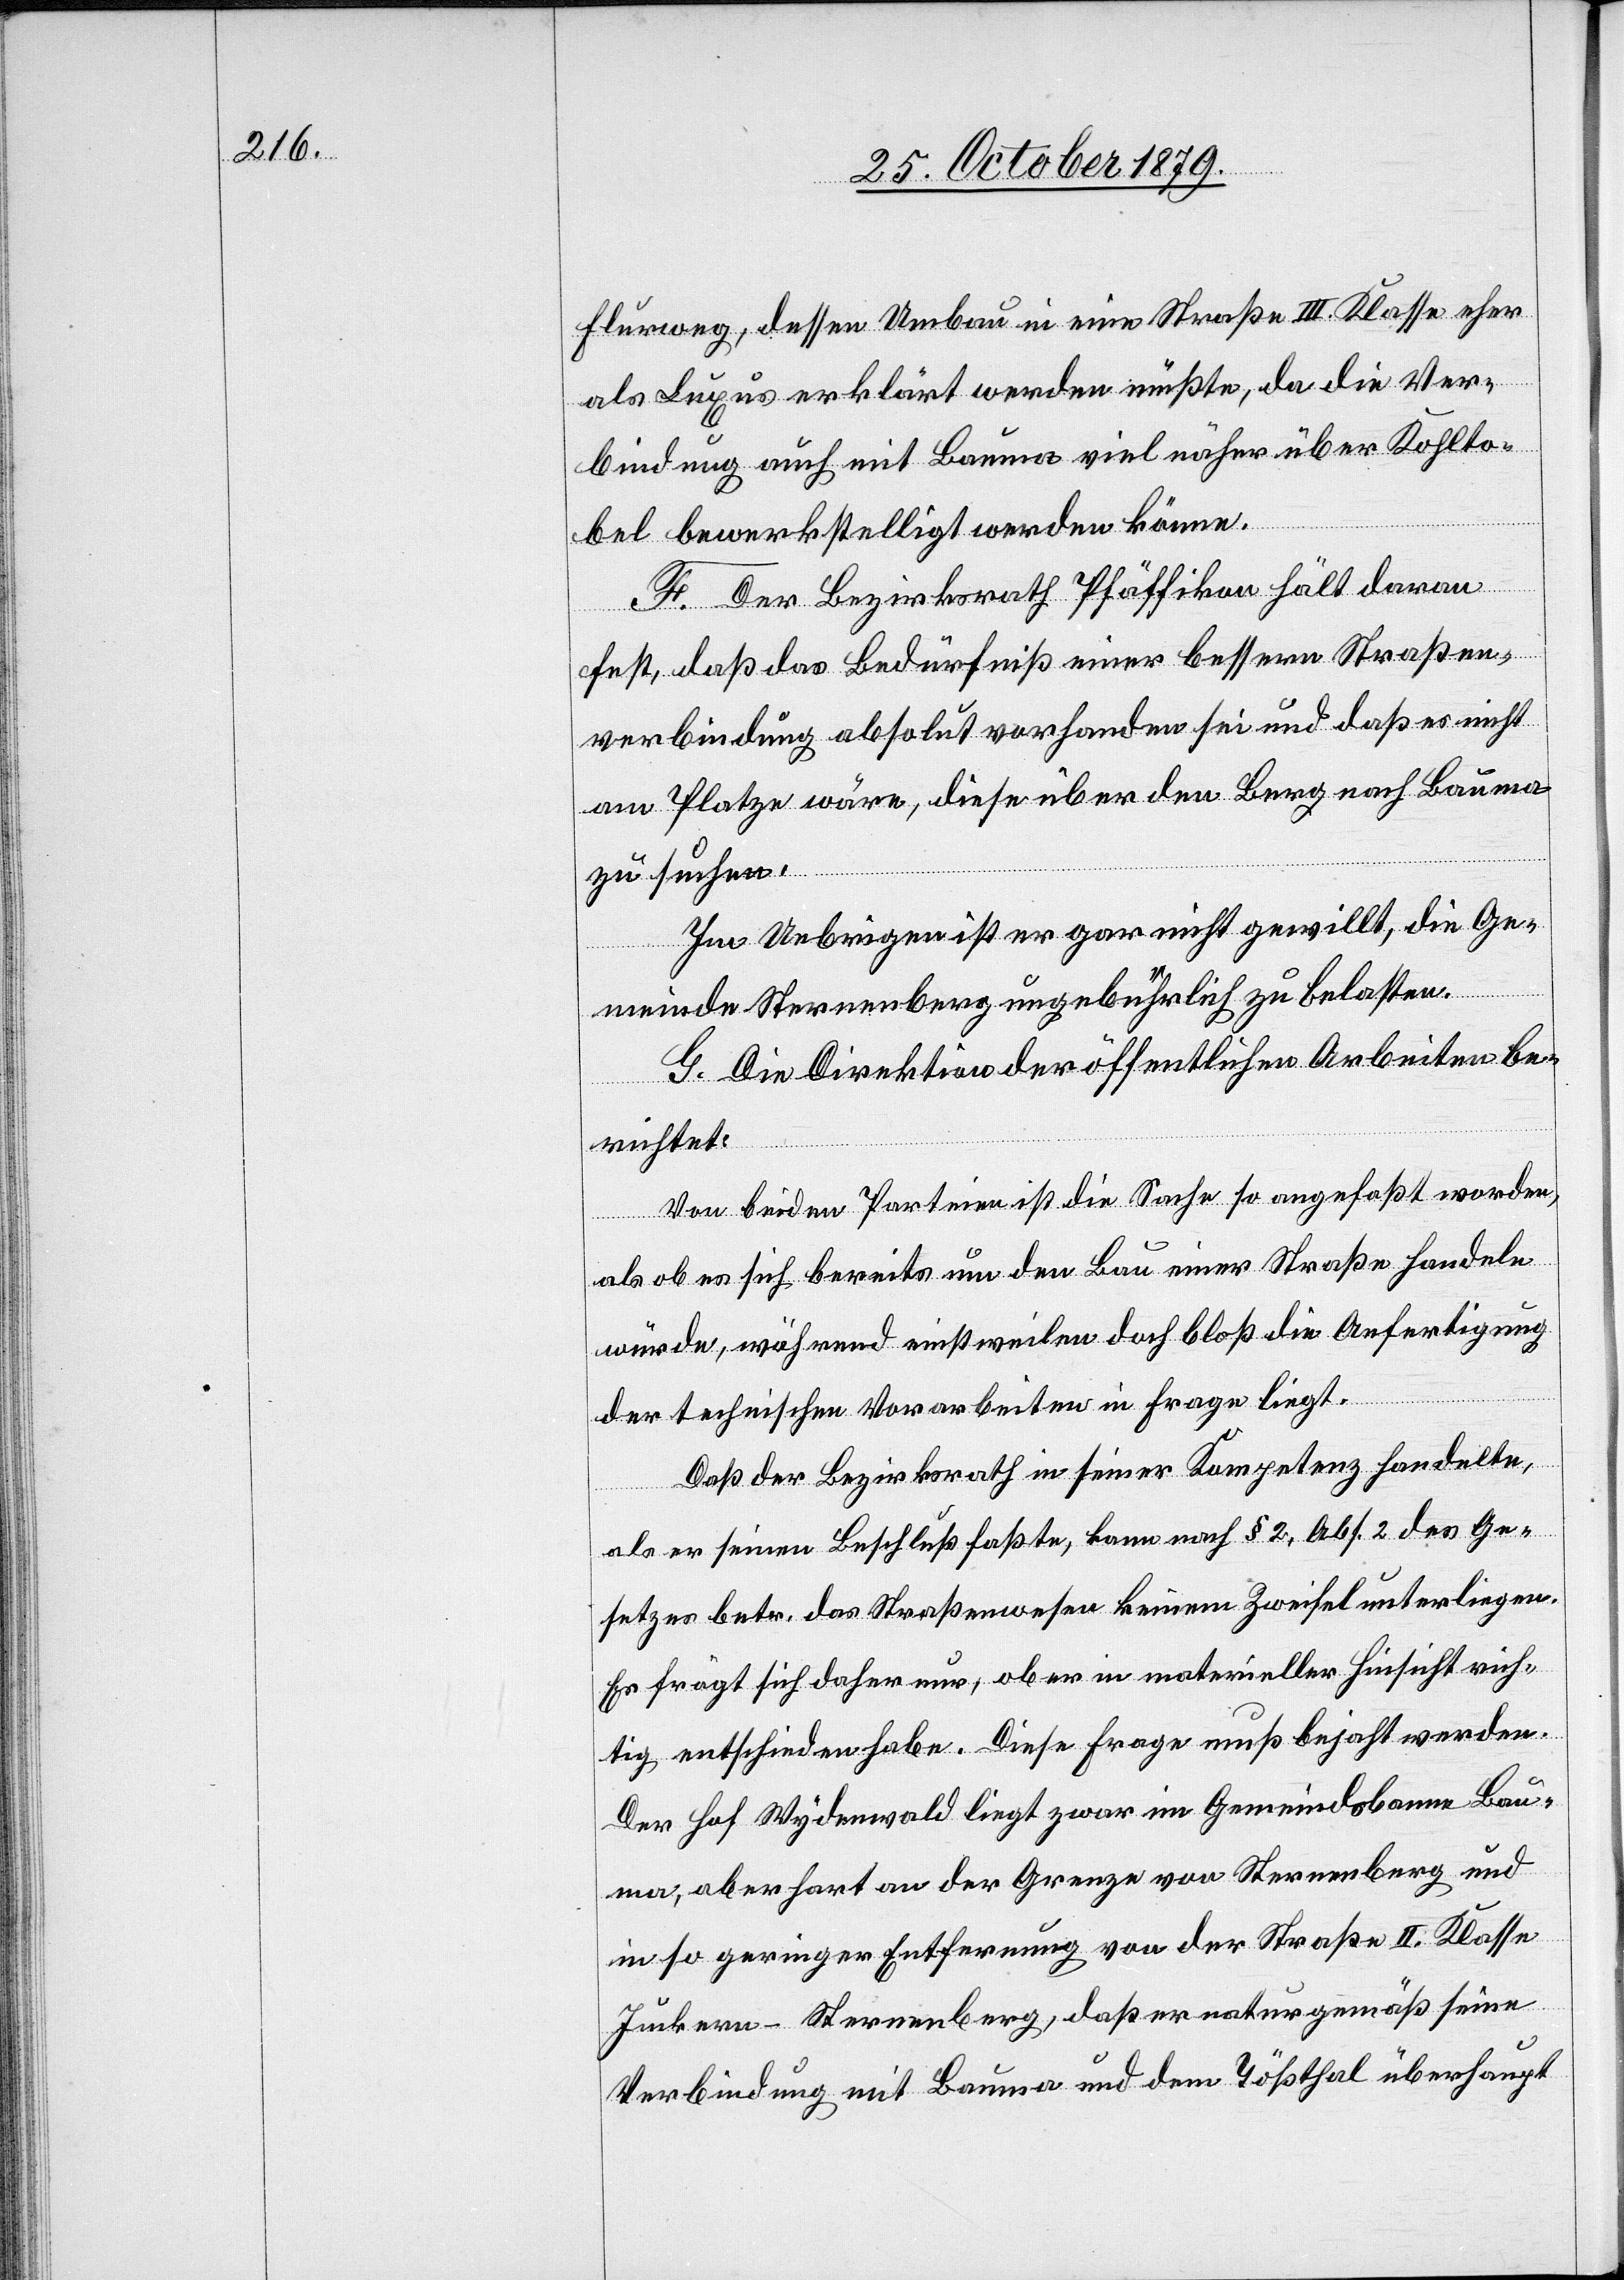
Flurweg, dessen Umbau in eine Straße III. Klasse eher
als Luxus erklärt werden müßte, da die Ver¬
bindung auch mit Bauma viel näher über Kohlto¬
bel bewerkstelligt werden könne.
F. Der Bezirksrath Pfäffikon hält daran
fest, daß das Bedürfniß einer bessern Straßen¬
verbindung absolut vorhanden sei und daß es nicht
am Platze wäre, diese über den Berg nach Bauma
zu suchen.
Im Uebrigen ist er gar nicht gewillt, die Ge¬
meinde Sternenberg ungebührlich zu belassen.
G. Die Direktion der öffentlichen Arbeiten be¬
richtet:
Von beiden Parteien ist die Sache so angefaßt worden,
als ob es sich bereits um den Bau einer Straße handeln
würde, während einstweilen doch bloß die Anfertigung
der technischen Vorarbeiten in Frage liegt.
Daß der Bezirksrath in seiner Kompetenz handelte,
als er seinen Beschluß faßte, kann nach § 2, Abs. 2 des Ge¬
setzes betr. das Straßenwesen keinem Zweifel unterliegen.
Es frägt sich daher nur, ob er in materieller Hinsicht rich¬
tig entschieden habe. Diese Frage muß bejaht werden.
Der Hof Wydenwald liegt zwar im Gemeindsbanne Bau¬
ma, aber hart an der Grenze von Sternenberg und
in so geringer Entfernung von der Straße II. Klasse
Juckern–Sternenberg, daß er naturgemäß seine
Verbindung mit Bauma und dem Tößthal überhaupt